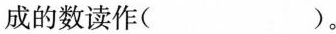
成的数读作( )。